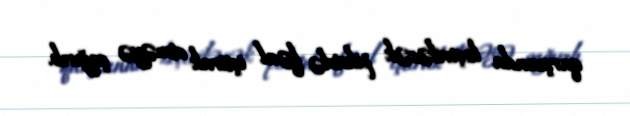
qarşısında keçiriləcək piketdə fəal iştirak etməyə çağırıb.